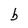
Character: b